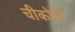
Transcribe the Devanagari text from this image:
चीकोत्री